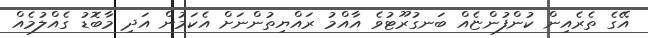
އޭގެ ތެރެއިން ކުންފުންޏެއް ބަނގުރޫޓުވެ އާއްމު ރައްޔިތުންނަށް އެކަމުން އަދި މާބޮޑު ގެއްލުމެއް